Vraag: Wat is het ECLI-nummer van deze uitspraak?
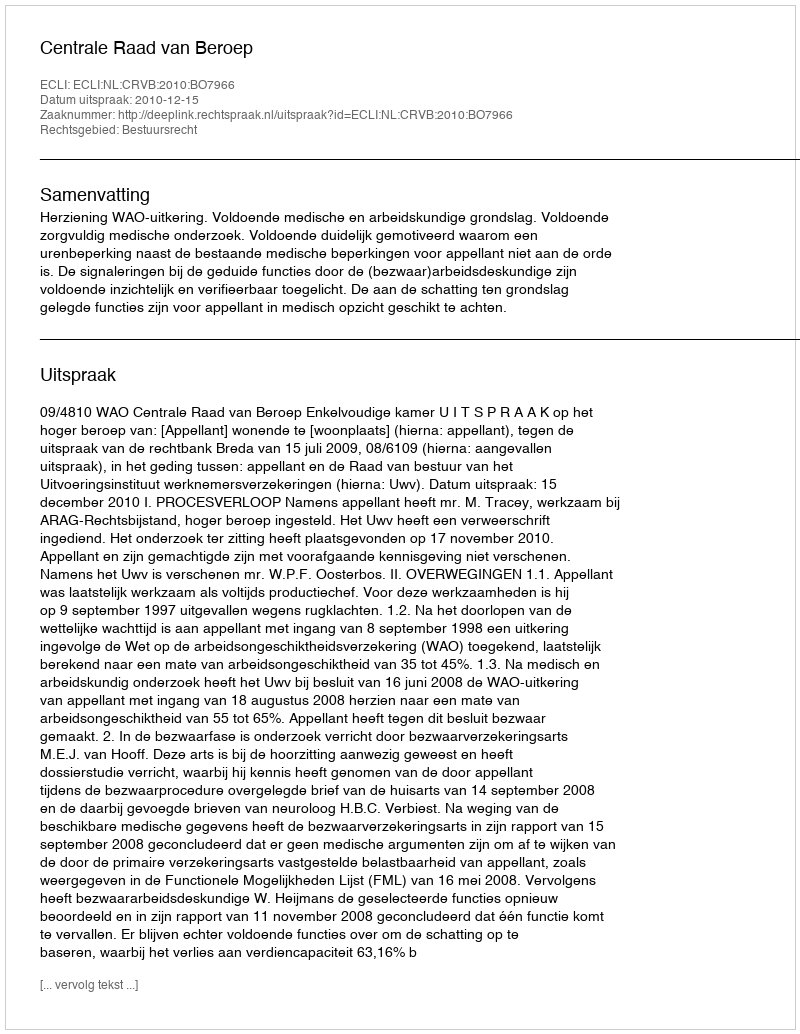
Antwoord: ECLI:NL:CRVB:2010:BO7966